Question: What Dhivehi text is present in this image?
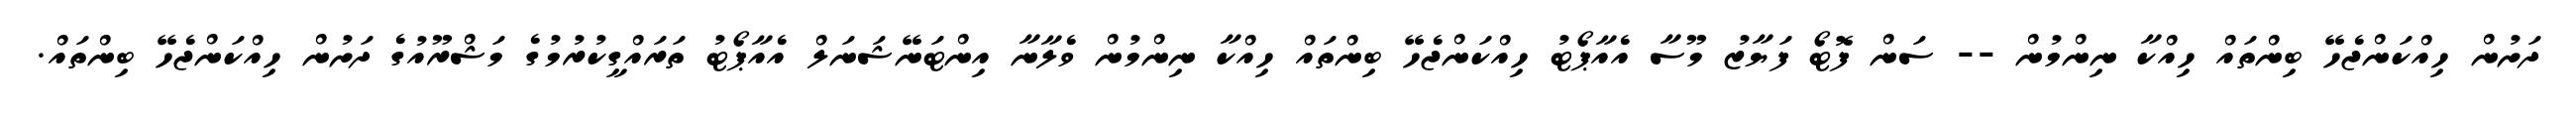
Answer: ދަށުން ހިއްކަންޖެހޭ ބިންތައް ހިއްކާ ނިންމުން -- ސަން ފޮޓޯ ފަޔާޒު މޫސާ އެއާޕޯޓު ހިއްކަންޖެހޭ ބިންތައް ހިއްކާ ނިންމުން ވެލާނާ އިންޓަނޭޝަނަލް އެއާޕޯޓު ތަރައްގީކުރުމުގެ މަޝްރޫއުގެ ދަށުން ހިއްކަންޖެހޭ ބިންތައް.